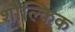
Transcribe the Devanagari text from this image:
शौल्किक